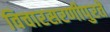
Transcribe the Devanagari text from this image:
विचारसरणीपुरते